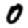
Digit: 0